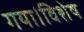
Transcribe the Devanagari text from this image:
गया।विशेष